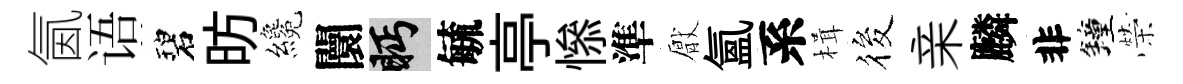
氤语碧昉纔闤眄毓亭𢡖準厭氳系楫筱亲麟非鐘榮